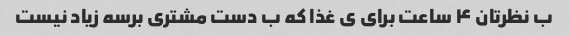
ب نظرتان ۴ ساعت برای ی غذا که ب دست مشتری برسه زیاد نیست